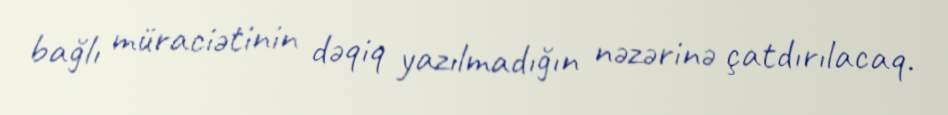
bağlı müraciətinin dəqiq yazılmadığın nəzərinə çatdırılacaq.